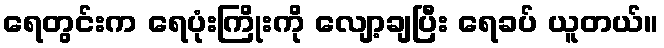
ရေတွင်းက ရေပုံးကြိုးကို လျော့ချပြီး ရေခပ် ယူတယ်။